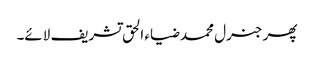
پھر جنرل محمد ضیاء الحق تشریف لائے۔